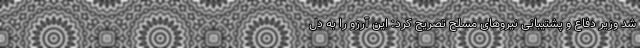
شد وزیر دفاع و پشتیبانی نیروهای مسلح تصریح کرد: این آرزو را به دل